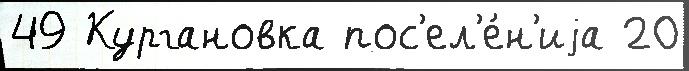
49 Кургановка пос'ел'е́н'иjа 20